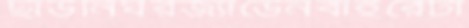
ছাউনিঘরজ্যাডেনবাইরেটা